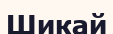
Шикай